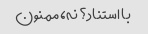
با استناد؟ نه، ممنون